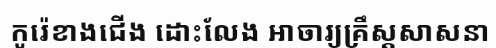
កូរ៉េខាងជើង ដោះលែង អាចារ្យគ្រឹស្តសាសនា